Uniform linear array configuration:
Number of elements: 4
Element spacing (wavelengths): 1
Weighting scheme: hamming
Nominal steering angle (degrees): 30
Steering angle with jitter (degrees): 29.117
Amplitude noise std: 0.05
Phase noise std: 0.05

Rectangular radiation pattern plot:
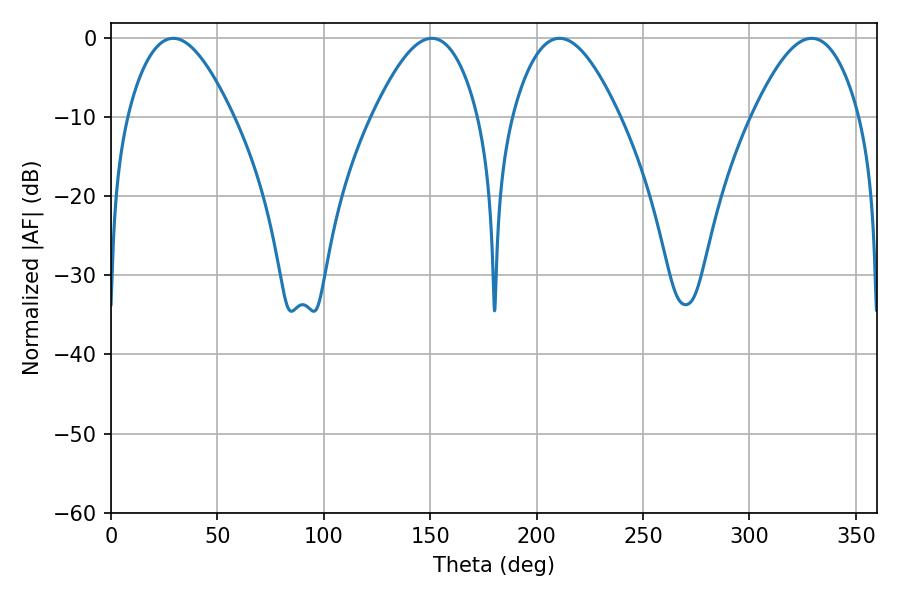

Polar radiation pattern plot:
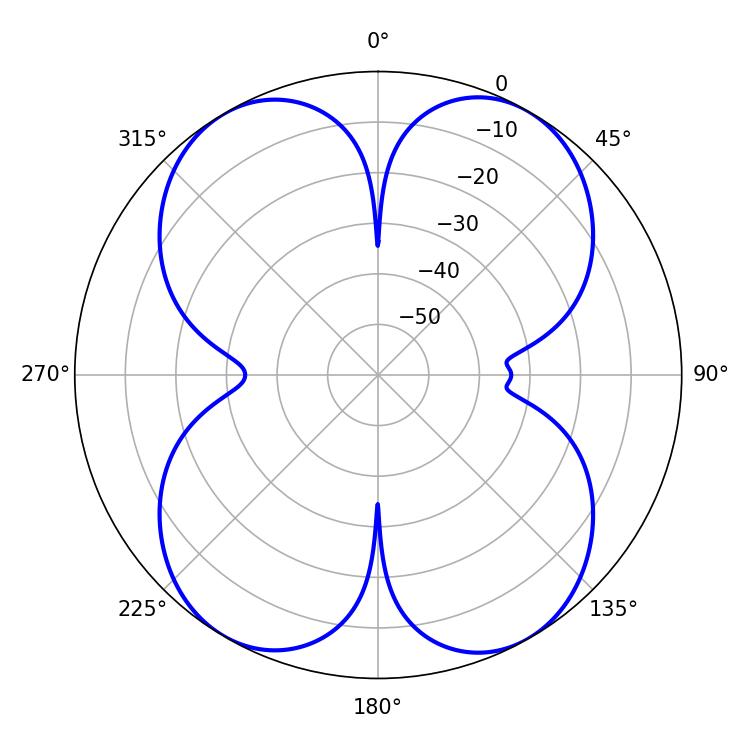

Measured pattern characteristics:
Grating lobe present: TRUE
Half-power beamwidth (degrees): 27.36
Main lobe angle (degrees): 210.78